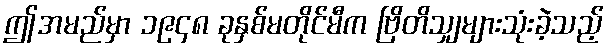
ဤအမည်မှာ ၁၉၄၈ ခုနှစ်မတိုင်မီက ဗြိတိသျှများသုံးခဲ့သည့်